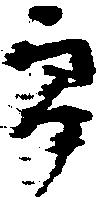
郎